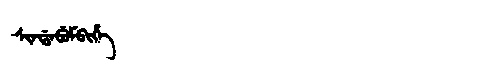
Manchu: ᠰᡳᠨᡩᠠᠪᡠᠮᠪᡳᡥᡝ
Romanization: SINDABUMBIHE